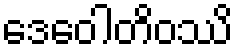
ဒေဝေါတိဝဿိ